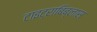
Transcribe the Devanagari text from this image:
टाइट्राबिब्लास